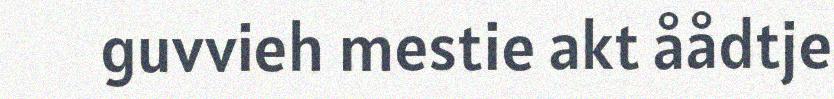
guvvieh mestie akt åådtje